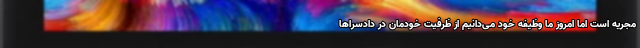
مجریه است اما امروز ما وظیفه خود می‌دانیم از ظرفیت خودمان در دادسراها